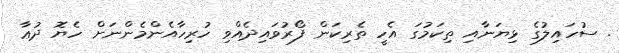
. ސުހައިލުގެ ޅިޔަނާއި ތިކަމުގަ އެހީ ތެރިކަން ފޯރުވައިދެއްވި ހުރިހާއެންމެންނަށް ހެޔޮ ދުޢާ